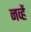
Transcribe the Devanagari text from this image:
नव्हें